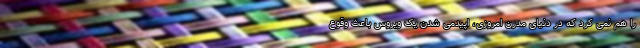
را هم نمی کرد که در دنیای مدرن امروزی، اپیدمی شدن یک ویروس باعث وقوعِ